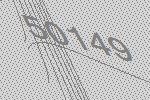
50149